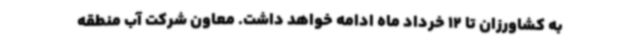
به کشاورزان تا 12 خرداد ماه ادامه خواهد داشت. معاون شرکت آب منطقه